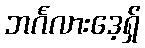
ဘင်္ဂလားဒေ့ရှ်